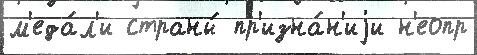
м'еда́л'и страны́ пр'изна́н'иjи н'еопр